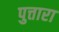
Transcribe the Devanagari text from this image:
पुत्तारा